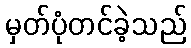
မှတ်ပုံတင်ခဲ့သည်